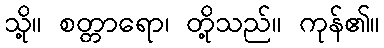
သို့။ စတ္တာရော၊ တို့သည်။ ကုန်၏။